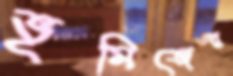
ভূমিজের